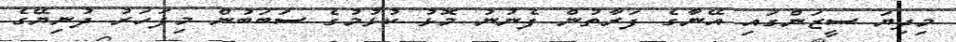
މިދިޔަ ސީޒަންގައި އޭނާގެ ފަރާތުން ފެނުނު މޮޅު ކުޅުމުގެ ސަބަބުން މިފަހަރު ދުނިޔޭގެ